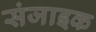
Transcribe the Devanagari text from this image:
संजाइक